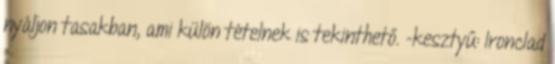
nyáljon tasakban, ami külön tételnek is tekinthető. -kesztyű: Ironclad